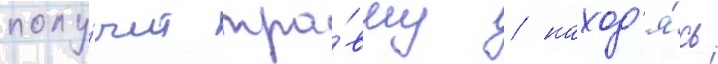
полу́чит тра́вму / наход'я́сь